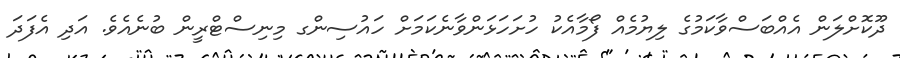
ދޫކޮށްލަން އެއްބަސްވާކަމުގެ ލިޔުމެއް ފޯމާއެކު ހުށަހަޅަންވާނެކަމަށް ހައުސިންގ މިނިސްޓްރީން ބުނެއެވެ. އަދި އެފަދަ